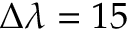
\Delta \lambda = 1 5